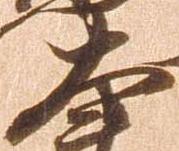
大